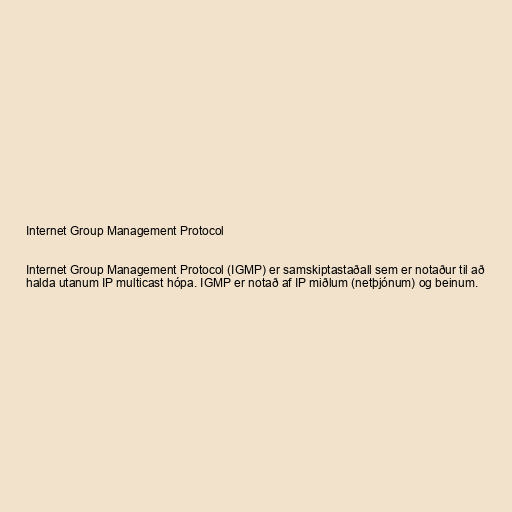
Internet Group Management Protocol

Internet Group Management Protocol (IGMP) er samskiptastaðall sem er notaður til að
halda utanum IP multicast hópa. IGMP er notað af IP miðlum (netþjónum) og beinum.